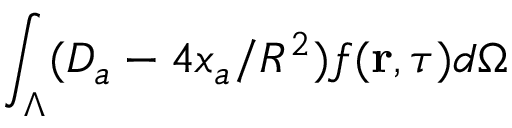
\int _ { \Lambda } ( D _ { a } - 4 x _ { a } / R ^ { 2 } ) f ( { \bf r } , \tau ) d \Omega